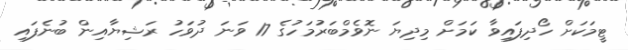
ޓީމަކަށް ހޯދިފައިވާ ކަމަށް މިދިޔަ ނޮވެމްބަރުމަހުގެ 17 ވަނަ ދުވަހު ރަޝިޔާއިން ބުނެފައި